Report of the Indian Hemp Drugs Commission, 1894-1895 - Volume VIII
Year: 1894
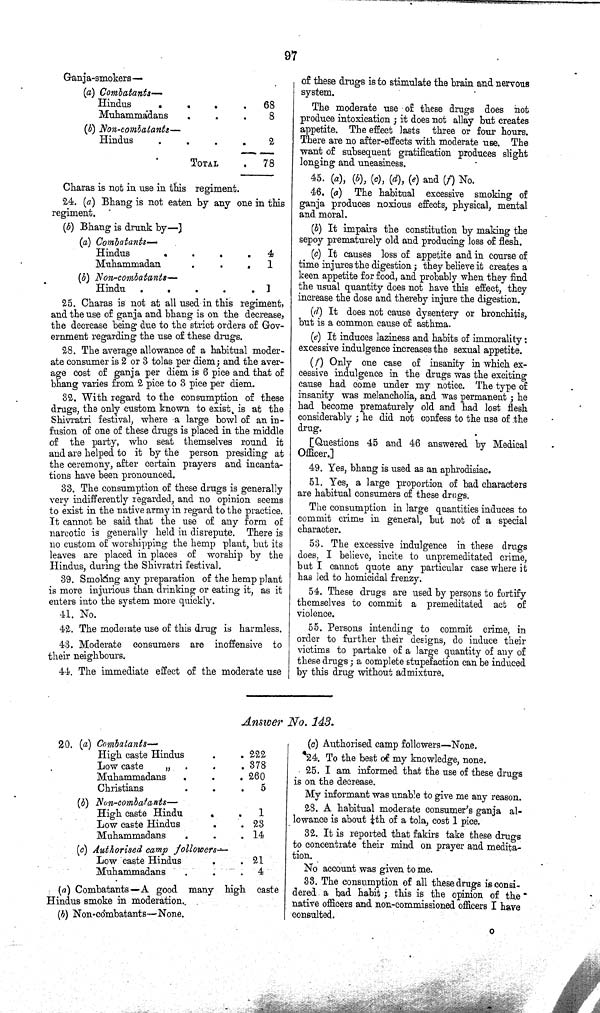
97
Ganja-smokers—
(a) Combatants—
Hindus
68
Muhammadans
8
(b) Non-combatants—
Hindus
2
TOTAL
78
Charas is not in use in this regiment.
24. (a) Bhang is not eaten by any one in this
regiment.
(b) Bhang is drunk by—
(a) Combatants—
Hindus
4
Muhammadan
1
(b) Non-combatants—
Hindu
1
25. Charas is not at all used in this regiment,
and the use of ganja and bhang is on the decrease,
the decrease being due to the strict orders of Gov¬
ernment regarding the use of these drugs.
28. The average allowance of a habitual moder¬
ate consumer is 2 or 3 tolas per diem; and the aver¬
age cost of ganja per diem is 6 pice and that of
bhang varies from 2 pice to 3 pice per diem.
32. With regard to the consumption of these
drugs, the only custom known to exist, is at the
Shivratri festival, where a large bowl of an in¬
fusion of one of these drugs is placed in the middle
of the party, who seat themselves round it
and are helped to it by the person presiding at
the ceremony, after certain prayers and incanta¬
tions have been pronounced.
33. The consumption of these drugs is generally
very indifferently regarded, and no opinion seems
to exist in the native army in regard to the practice.
It cannot be said that the use of any form of
narcotic is generally held in disrepute. There is
no custom of worshipping the hemp plant, but its
leaves are placed in places of worship by the
Hindus, during the Shivratri festival.
39. Smoking any preparation of the hemp plant
is more injurious than drinking or eating it, as it
enters into the system more quickly.
41. No.
42. The moderate use of this drug is harmless.
43. Moderate consumers are inoffensive to
their neighbours.
44. The immediate effect of the moderate use
of these drugs is to stimulate the brain and nervous
system.
The moderate use of these drugs does hot
produce intoxication; it does not allay but creates
appetite. The effect lasts three or four hours.
There are no after-effects with moderate use. The
want of subsequent gratification produces slight
longing and uneasiness.
45. (a), (b), (c), (d), (e) and (f) No.
46. (a) The habitual excessive smoking of
ganja produces noxious effects, physical, mental
and moral.
(b) It impairs the constitution by making the
sepoy prematurely old and producing loss of flesh.
(c) It causes loss of appetite and in course of
time injures the digestion; they believe it creates a
keen appetite for food, and probably when they find
the usual quantity does not have this effect, they
increase the dose and thereby injure the digestion.
(d) It does not cause dysentery or bronchitis,
but is a common cause of asthma.
(e) It induces laziness and habits of immorality:
excessive indulgence increases the sexual appetite.
(f) Only one case of insanity in which ex¬
cessive indulgence in the drugs was the exciting
cause had come under my notice. The type of
insanity was melancholia, and was permanent; he
had become prematurely old and had lost flesh
considerably; he did not confess to the use of the
drug.
[Questions 45 and 46 answered by Medical
Officer.]
49. Yes, bhang is used as an aphrodisiac.
51. Yes, a large proportion of bad characters
are habitual consumers of these drugs.
The consumption in large quantities induces to
commit crime in general, but not of a special
character.
53. The excessive indulgence in these drugs
does, I believe, incite to unpremeditated crime,
but I cannot quote any particular case where it
has led to homicidal frenzy.
54. These drugs are used by persons to fortify
themselves to commit a premeditated act of
violence.
55. Persons intending to commit crime, in
order to further their designs, do induce their
victims to partake of a large quantity of any of
these drugs; a complete stupefaction can be induced
by this drug without admixture.
Answer No. 143.
20. (a) Combatants—
High caste Hindus
222
Low caste
"
378
Muhammadans
260
Christians
5
(b) Non-combatants—
High caste Hindu
1
Low caete Hindus
23
Muhammadans
14
(c) Authorised camp followers—
Low caste Hindus
21
Muhammadans
4
(a) Combatants—A good many high caste
Hindus smoke in moderation.
(b) Non-combatants—None.
(c) Authorised camp followers—None.
24. To the best of my knowledge, none.
25. I am informed that the use of these drugs
is on the decrease.
My informant was unable to give me any reason.
28. A habitual moderate consumer's ganja al¬
lowance is about 1/4th of a tola, cost 1 pice.
32. It is reported that fakirs take these drugs
to concentrate their mind on prayer and medita¬
tion.
No account was given to me.
33. The consumption of all these drugs is consi¬
dered a bad habit; this is the opinion of the
native officers and non-commissioned officers I have
consulted.
O